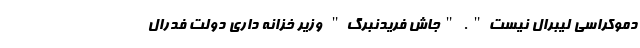
دموکراسی لیبرال نیست". "جاش فریدنبرگ" وزیر خزانه داری دولت فدرال